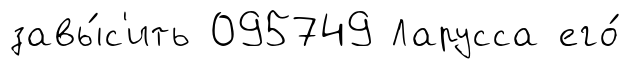
завы́с'ить 095749 Ларусса его́